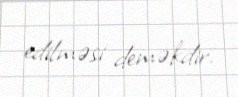
edilməsi deməkdir.